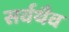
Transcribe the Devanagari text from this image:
सर्वथैव